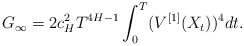
\begin{align*} G_\infty =2 c_H^2 T ^{4H-1}\int^T_0 (V^{[1]}(X_{t}))^4 dt.\end{align*}